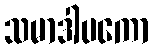
သမာဒါပကော